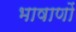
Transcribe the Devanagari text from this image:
भाषाणों